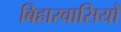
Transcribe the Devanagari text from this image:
बिहारवासियों